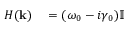
\begin{array} { r l } { H ( \mathbf { k } ) } & { { } = ( \omega _ { 0 } - i \gamma _ { 0 } ) \mathbb { I } } \end{array}